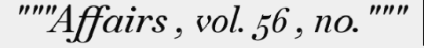
"""Affairs , vol. 56 , no."""